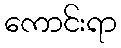
ကောင်းရာ